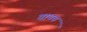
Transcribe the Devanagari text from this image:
वायच